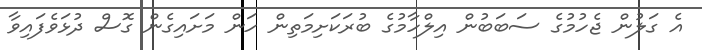
އެ ގަލުން ޖެހުމުގެ ސަބަބުން އިލްހާމުގެ ބުރަކަށިމަތިން ހަން މަށައިގެން ގޮސް ދުޅަވެފައިވާ